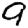
Digit: 9